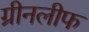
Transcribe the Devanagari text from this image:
ग्रीनलीफ